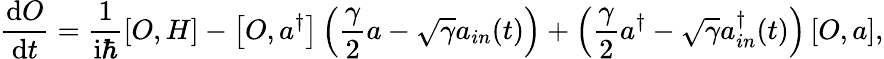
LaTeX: \frac{\mathrm{d}O}{\mathrm{d}t}=\frac{1}{\mathrm{i}\hbar}\left[O,H\right]-\left[O,a{^\dagger}\right]\left(\frac{\gamma}{2}a-\sqrt{\gamma}a_{in}(t)\right)+\left(\frac{\gamma}{2}a^{\dagger}-\sqrt{\gamma}a_{in}^{\dagger}(t)\right)\left[O,a\right],